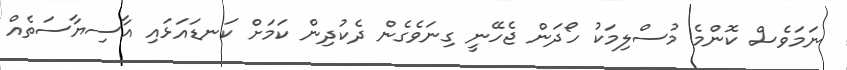
ނަމަވެސް ކޮންމެ މުސްލިމަކު ހޯދަން ޖެހޭނީ ގިނަވެގެން ދެކުދިން ކަމަށް ކަނޑައަޅައި އާސިޔާސަތެއް